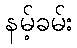
နမ့်ခမ်း